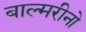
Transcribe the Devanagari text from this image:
बाल्मरीनो